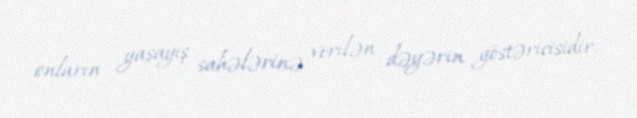
onların yaşayış sahələrinə verilən dəyərin göstəricisidir.